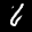
Label: 6